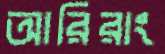
আরিরাং